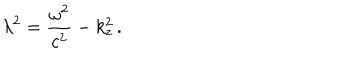
LaTeX: \lambda ^ { 2 } = \frac { \omega ^ { 2 } } { c ^ { 2 } } - k _ { z } ^ { 2 } \, { . }